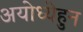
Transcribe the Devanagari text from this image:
अयोध्येहुन